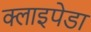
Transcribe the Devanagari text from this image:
क्लाइपेडा